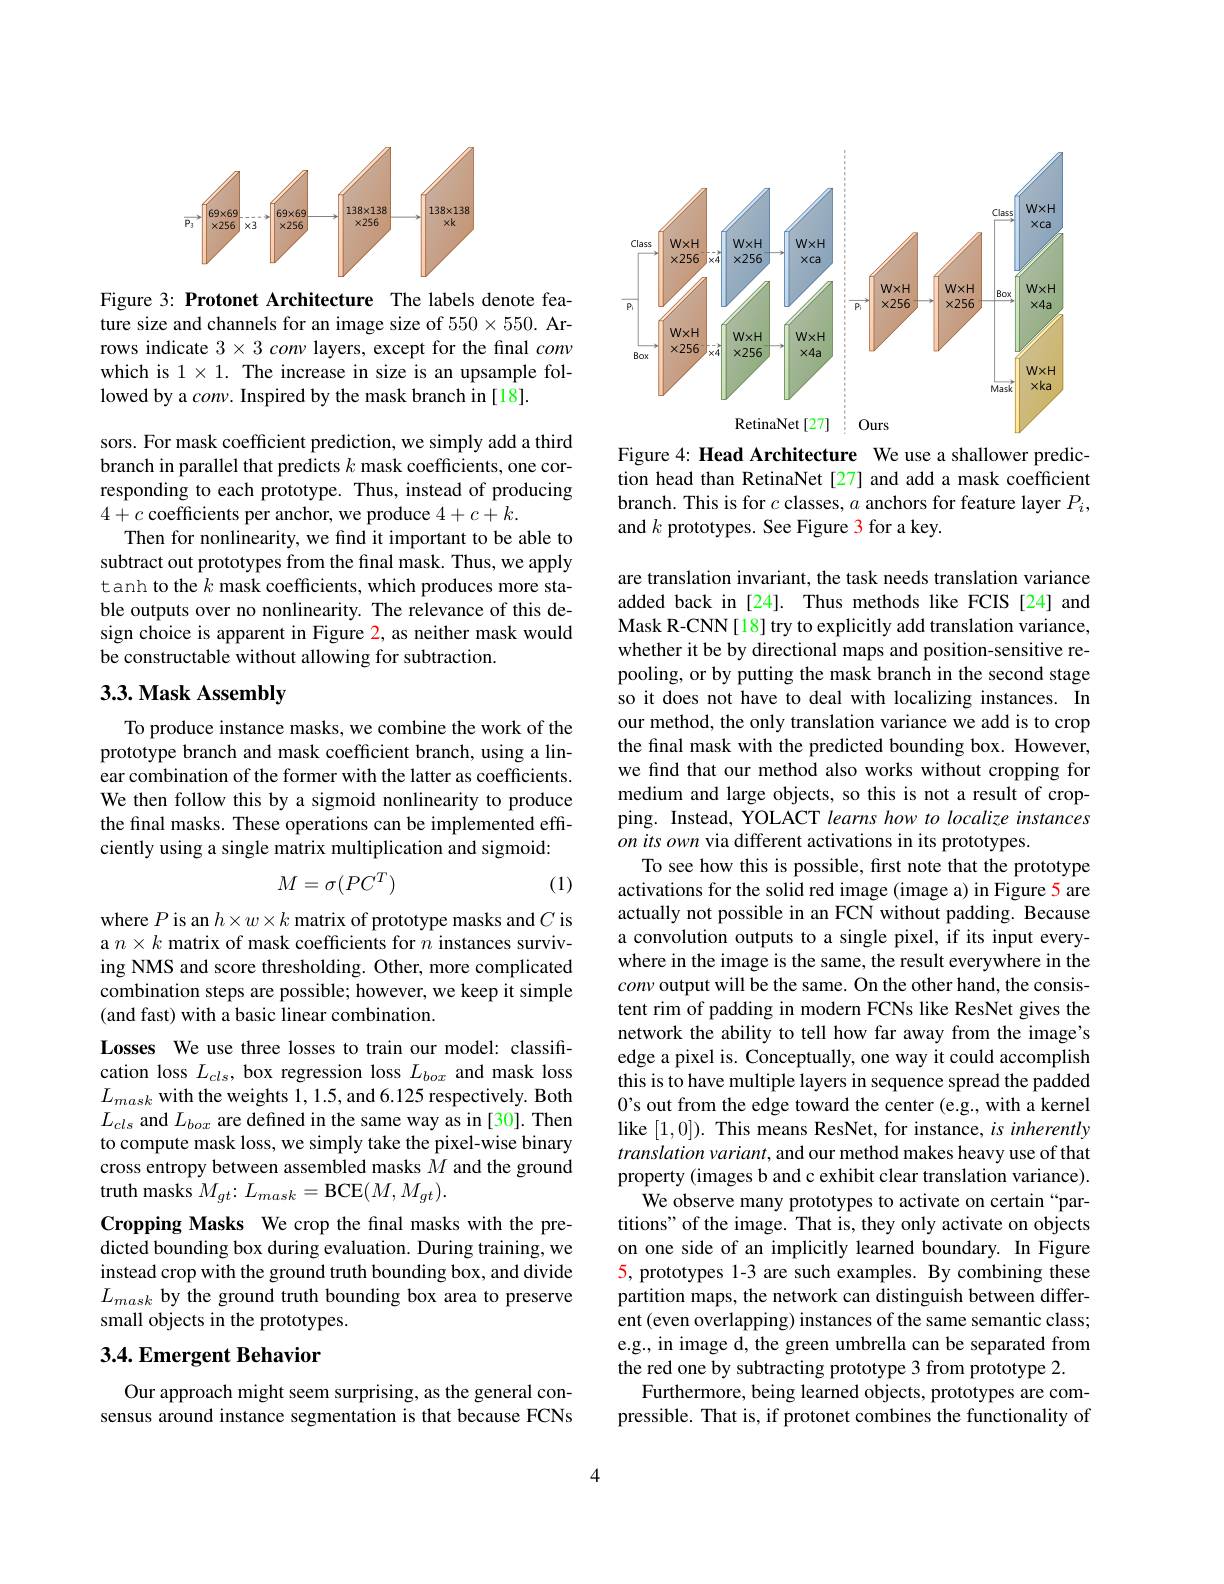
<FigureHere>

Figure 3: Protonet Architecture The labels denote feature size and channels for an image size of $550\times550.$ Arrows indicate $3\times 3\textit{conv layers, except for the final conv}$ which is $1\times1.$ The increase in size is an upsample followed by a $conv.$ Inspired by the mask branch in [18].

sors. For mask coefficient prediction, we simply add a third branch in parallel that predicts $k$ mask coefficients, one corresponding to each prototype. Thus, instead of producing $4+c$ coefficients per anchor, we produce $4+c+k.$
Then for nonlinearity, we find it important to be able to subtract out prototypes from the final mask. Thus, we apply tanh to the $k$ mask coefficients, which produces more stable outputs over no nonlinearity. The relevance of this design choice is apparent in Figure 2, as neither mask would be constructable without allowing for subtraction.

## 3.3. Mask Assembly

To produce instance masks, we combine the work of the prototype branch and mask coefficient branch, using a linear combination of the former with the latter as coefficients. We then follow this by a sigmoid nonlinearity to produce the final masks. These operations can be implemented efficiently using a single matrix multiplication and sigmoid:
$$M=\sigma(PC^T)$$
(1)

where $P$ is an $h\times w\times k$ matrix of prototype masks and $C$ is a $n\times k$ matrix of mask coefficients for $n$ instances surviving NMS and score thresholding. Other, more complicated combination steps are possible; however, we keep it simple (and fast) with a basic linear combination.
Losses We use three losses to train our model: classification loss $L_{cls}$, box regression loss $L_{box}$ and mask loss $L_{mask}$ with the weights 1,1.5, and 6.125 respectively. Both $L_{cls}$ and $L_box$ are defined in the same way as in[30]. Then to compute mask loss, we simply take the pixel-wise binary cross entropy between assembled masks $M$ and the ground truth masks $M_{gt}{:}L_{mask}=$BCE$(M,M_{gt}).$
Cropping Masks We crop the final masks with the predicted bounding box during evaluation. During training, we instead crop with the ground truth bounding box, and divide $L_{mask}$ by the ground truth bounding box area to preserve small objects in the prototypes.

## 3.4. Emergent Behavior

Our approach might seem surprising, as the general consensus around instance segmentation is that because FCNs

<FigureHere>

Figure 4: Head Architecture We use a shallower prediction head than RetinaNet [27] and add a mask coefficient branch. This is for $c$ classes, $a$ anchors for feature layer $P_i$, and $k$ prototypes. See Figure 3 for a key.

are translation invariant, the task needs translation variance added back in [24]. Thus methods like FCIS [24] and Mask R-CNN[18] try to explicitly add translation variance, whether it be by directional maps and position-sensitive repooling, or by putting the mask branch in the second stage so it does not have to deal with localizing instances. In our method, the only translation variance we add is to crop the final mask with the predicted bounding box. However, we find that our method also works without cropping for medium and large objects, so this is not a result of cropping. Instead, YOLACT learns how to localize instances on its own via different activations in its prototypes.
To see how this is possible, first note that the prototype activations for the solid red image (image a) in Figure 5 are actually not possible in an FCN without padding. Because a convolution outputs to a single pixel, if its input everywhere in the image is the same, the result everywhere in the conv output will be the same. On the other hand, the consistent rim of padding in modern FCNs like ResNet gives the network the ability to tell how far away from the image's edge a pixel is. Conceptually, one way it could accomplish this is to have multiple layers in sequence spread the padded 0's out from the edge toward the center (e.g., with a kernel like [1,0]). This means ResNet, for instance, is inherently translation variant, and our method makes heavy use of that property (images b and c exhibit clear translation variance).
We observe many prototypes to activate on certain“partitions" of the image. That is, they only activate on objects on one side of an implicitly learned boundary. In Figure 5, prototypes 1-3 are such examples. By combining these partition maps, the network can distinguish between different (even overlapping) instances of the same semantic class; e.g., in image d, the green umbrella can be separated from the red one by subtracting prototype 3 from prototype 2.
Furthermore, being learned objects, prototypes are compressible. That is, if protonet combines the functionality of

4